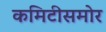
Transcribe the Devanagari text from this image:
कमिटीसमोर